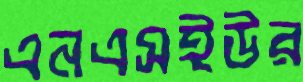
এনএসইউর